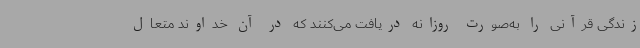
زندگی قرآنی را به‌صورت روزانه دریافت می‌کنند که در آن خداوند متعال